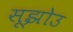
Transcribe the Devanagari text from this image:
सूझोउ